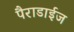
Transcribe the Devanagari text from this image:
पैराडाईज